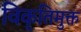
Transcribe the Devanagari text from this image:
विकृतिमुक्त